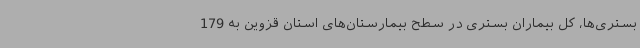
بستری‌ها، کل بیماران بستری در سطح بیمارستان‌های استان قزوین به 179